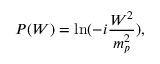
{ \cal P } ( W ) = \ln ( - i \frac { W ^ { 2 } } { m _ { p } ^ { 2 } } ) ,